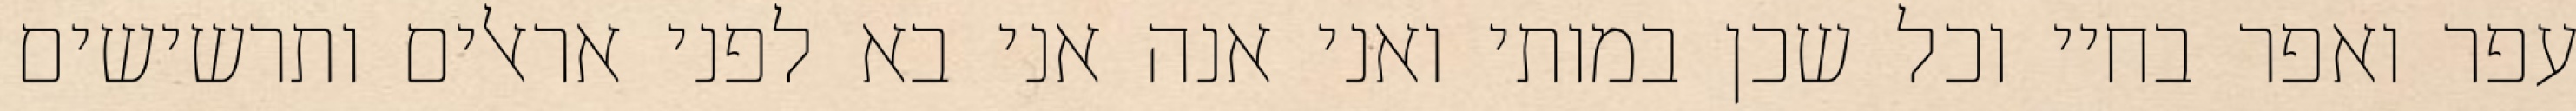
עפר ואפר בחיי וכל שכן במותי ואני אנה אני בא לפני אראלים ותרשישים